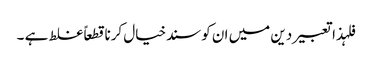
فلہذاتعبیردین میں ان کوسندخیال کرناقطعاً غلط ہے ۔